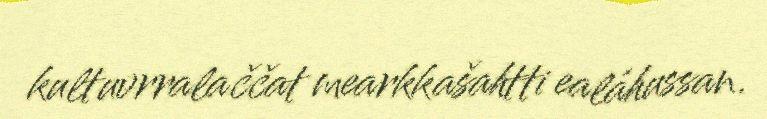
kultuvrralaččat mearkkašahtti ealáhussan.